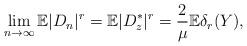
LaTeX: \begin{align*}\lim_{n \to \infty} \mathbb{E} | D_n |^r = \mathbb{E} |D^*_z |^r = \frac{2}{\mu} \mathbb{E} \delta_r(Y),\end{align*}